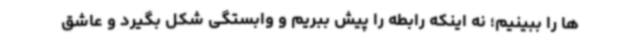
ها را ببینیم؛ نه اینکه رابطه را پیش ببریم و وابستگی شکل بگیرد و عاشق